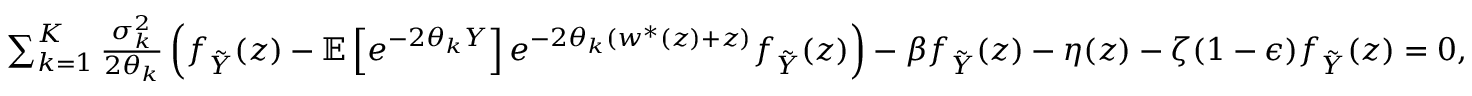
\begin{array} { r } { \sum _ { k = 1 } ^ { K } \frac { \sigma _ { k } ^ { 2 } } { 2 \theta _ { k } } \left( f _ { \tilde { Y } } ( z ) - { \mathbb { E } } \left[ e ^ { - 2 \theta _ { k } Y } \right] e ^ { - 2 \theta _ { k } ( w ^ { * } ( z ) + z ) } f _ { \tilde { Y } } ( z ) \right) - \beta f _ { \tilde { Y } } ( z ) - \eta ( z ) - \zeta ( 1 - \epsilon ) f _ { \tilde { Y } } ( z ) = 0 , } \end{array}